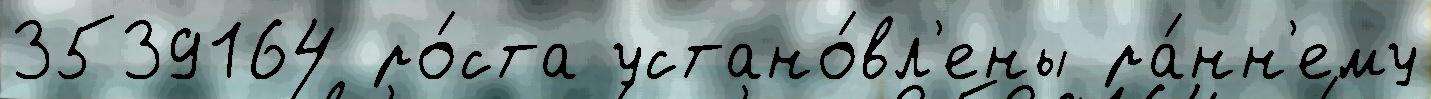
3539164 ро́ста устано́вл'ены ра́нн'ему